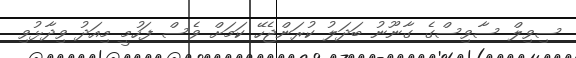
ސިވިލް ސާވިސްގެ ގާނޫނު ބަދަލު ކުރަންޖެހޭ ކަމަށް ވެސް ފަހުމީ މިއަދު ވިދާޅުވި